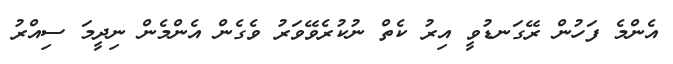
އެންމެ ފަހުން ރޭގަނޑުވީ އިރު ކެތް ނުކުރެވޭވަރު ވެގެން އެންމެން ނިދީމަ ސިއްރު